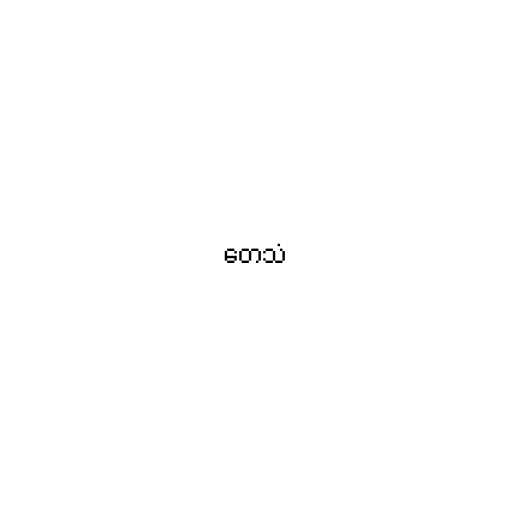
တေသံ